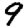
Digit: 9